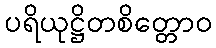
ပရိယုဋ္ဌိတစိတ္တောဝ